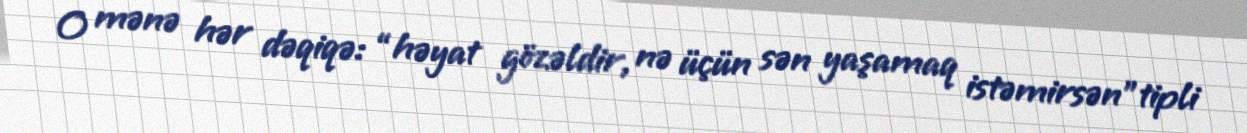
O mənə hər dəqiqə: “həyat gözəldir, nə üçün sən yaşamaq istəmirsən”tipli